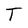
Character: T